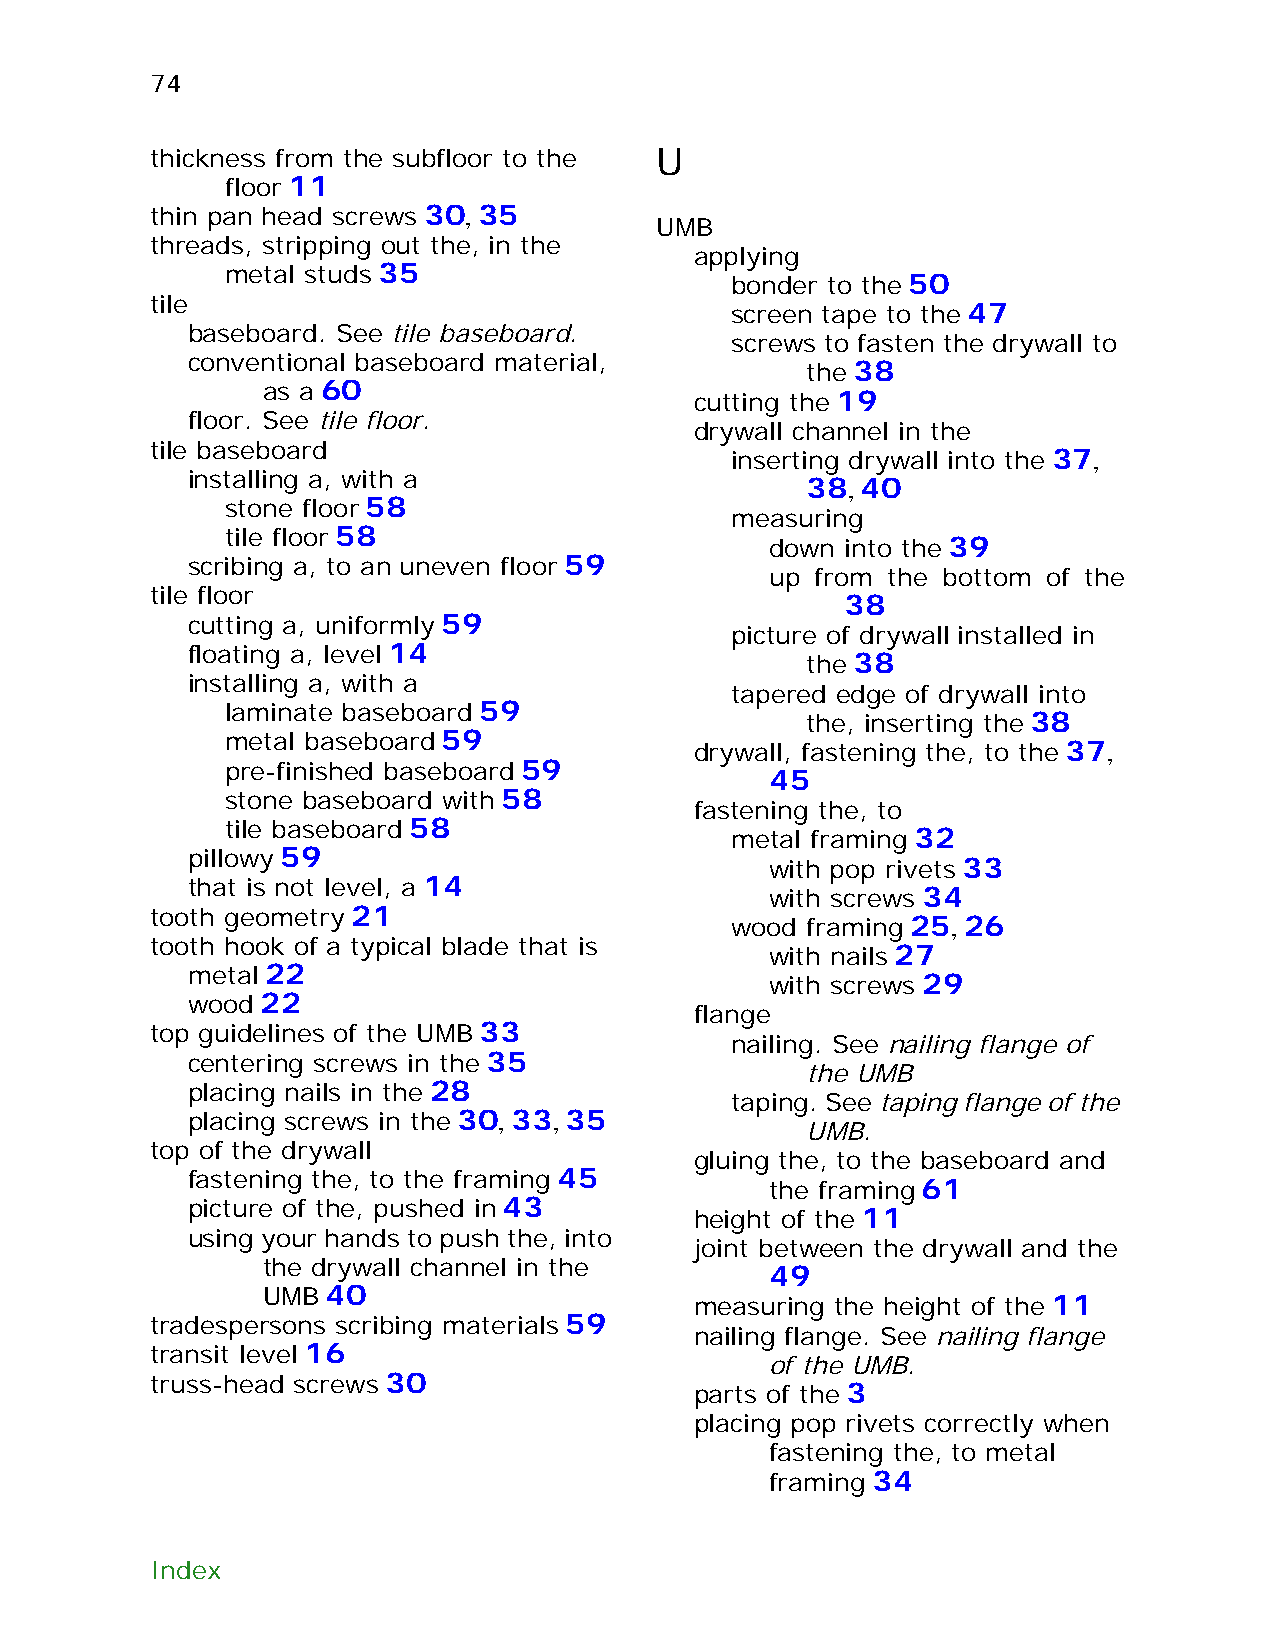
74
 thickness from the subfloor to the U
 floor 11
 thin pan head screws 30, 35
 UMB
 threads, stripping out the, in the
 applying
 metal studs 35
 bonder to the 50
 tile
 screen tape to the 47
 baseboard. See tile baseboard.
 screws to fasten the drywall to
 conventional baseboard material,
 the 38
 as a 60
 cutting the 19
 floor. See tile floor.
 drywall channel in the
 tile baseboard
 inserting drywall into the 37,
 installing a, with a
 38, 40
 stone floor 58
 measuring
 tile floor 58
 down into the 39
 scribing a, to an uneven floor 59
 up from the bottom of the
 tile floor
 38
 cutting a, uniformly 59
 picture of drywall installed in
 floating a, level 14
 the 38
 installing a, with a
 tapered edge of drywall into
 laminate baseboard 59
 the, inserting the 38
 metal baseboard 59
 drywall, fastening the, to the 37,
 pre-finished baseboard 59
 45
 stone baseboard with 58
 fastening the, to
 tile baseboard 58
 metal framing 32
 pillowy 59
 with pop rivets 33
 that is not level, a 14
 with screws 34
 tooth geometry 21
 wood framing 25, 26
 tooth hook of a typical blade that is
 with nails 27
 metal 22
 with screws 29
 wood 22
 flange
 top guidelines of the UMB 33
 nailing. See nailing flange of
 centering screws in the 35
 the UMB
 placing nails in the 28
 taping. See taping flange of the
 placing screws in the 30, 33, 35
 UMB.
 top of the drywall
 gluing the, to the baseboard and
 fastening the, to the framing 45
 the framing 61
 picture of the, pushed in 43
 height of the 11
 using your hands to push the, into
 joint between the drywall and the
 the drywall channel in the
 49
 UMB  40
 measuring the height of the 11
 tradespersons scribing materials 59
 nailing flange. See nailing flange
 transit level 16
 of the UMB.
 truss-head screws 30
 parts of the 3
 placing pop rivets correctly when
 fastening the, to metal
 framing 34
 Index